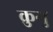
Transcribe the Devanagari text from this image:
क्रुगु